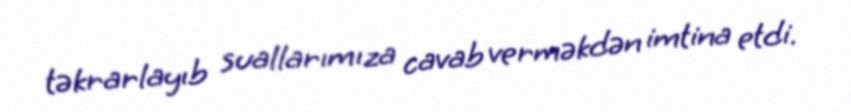
təkrarlayıb suallarımıza cavab verməkdən imtina etdi.